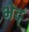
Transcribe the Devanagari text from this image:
भेद्